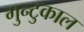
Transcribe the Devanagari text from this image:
गुन्टुकाल